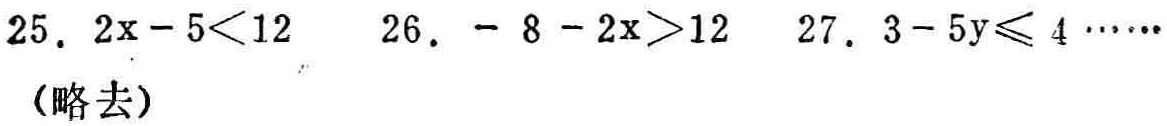
25. \(2x - 5<12\)
26. \(- 8 - 2x>12\)
27. \(3 - 5y\leqslant 4\) （略去）